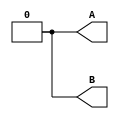
//
//
// https://hdlbits.01xz.net/wiki/Tb/clock
//
//

`default_nettype none

`timescale 1ps/1ps

module top_module (
    output  reg A,
    output  reg B
);

    initial begin
        A = 1'b0;
        B = 1'b0;

        # 10
        A = 1'b1;

        # 5
        B = 1'b1;

        # 5
        A = 1'b0;

        # 20
        B = 1'b0;
    end

endmodule